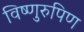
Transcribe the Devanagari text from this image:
विष्णुरुपिण